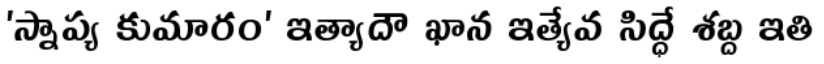
'స్నాప్య కుమారం' ఇత్యాదౌ ఖాన ఇత్యేవ సిద్ధే శబ్ద ఇతి